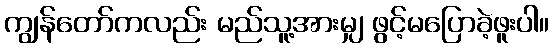
ကျွန်တော်ကလည်း မည်သူ့အားမျှ ဖွင့်မပြောခဲ့ဖူးပါ။